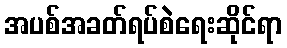
အပစ်အခတ်ရပ်စဲရေးဆိုင်ရာ